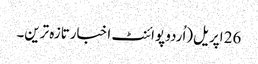
26 اپریل(اُردو پوائنٹ اخبارتازہ ترین۔